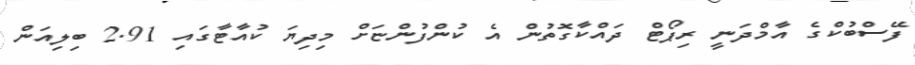
ފޭސްބުކްގެ އާމްދަނީ ރިޕޯޓް ދައްކާގޮތުން އެ ކުންފުންޏަށް މިދިޔަ ކުއާޓާގައި 2.91 ބިލިއަން